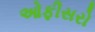
ઓફીસરો